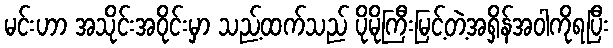
မင်းဟာ အသိုင်းအဝိုင်းမှာ သည့်ထက်သည် ပိုမိုကြီးမြင့်တဲ့အရှိန်အဝါကိုရပြီး